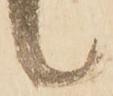
候